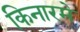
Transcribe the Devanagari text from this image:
किनारमे